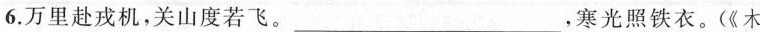
6.万里赴戎机，关山度若飞。___，寒光照铁衣。(《木